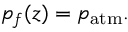
p _ { f } ( z ) = p _ { \mathrm { a t m } } .